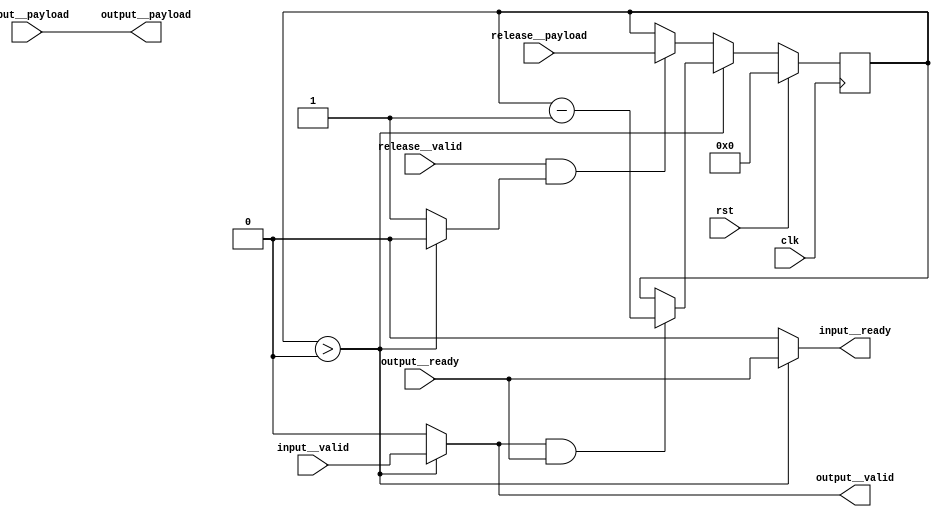
module input_flow_restrictor(input__payload, input__ready, release__payload, release__valid, output__valid, output__payload, output__ready, rst, clk, input__valid);
  reg \initial  = 0;
  (* src = "/media/tim/GIT/tcal-x/CFU-Playground/proj/hps_accel/gateware/stream/flow.py:57" *)
  wire \$1 ;
  (* src = "/media/tim/GIT/tcal-x/CFU-Playground/proj/hps_accel/gateware/stream/flow.py:61" *)
  wire [32:0] \$10 ;
  (* src = "/media/tim/GIT/tcal-x/CFU-Playground/proj/hps_accel/gateware/stream/stream.py:98" *)
  wire \$12 ;
  (* src = "/media/tim/GIT/tcal-x/CFU-Playground/proj/hps_accel/gateware/stream/flow.py:57" *)
  wire \$14 ;
  (* src = "/media/tim/GIT/tcal-x/CFU-Playground/proj/hps_accel/gateware/stream/flow.py:57" *)
  wire \$3 ;
  (* src = "/media/tim/GIT/tcal-x/CFU-Playground/proj/hps_accel/gateware/stream/flow.py:57" *)
  wire \$5 ;
  (* src = "/media/tim/GIT/tcal-x/CFU-Playground/proj/hps_accel/gateware/stream/stream.py:98" *)
  wire \$7 ;
  (* src = "/media/tim/GIT/tcal-x/CFU-Playground/proj/hps_accel/gateware/stream/flow.py:61" *)
  wire [32:0] \$9 ;
  (* src = "/media/tim/GIT/tcal-x/CFU-Playground/third_party/python/nmigen/nmigen/hdl/ir.py:524" *)
  input clk;
  (* src = "/media/tim/GIT/tcal-x/CFU-Playground/proj/hps_accel/gateware/stream/actor.py:48" *)
  input [127:0] input__payload;
  (* src = "/media/tim/GIT/tcal-x/CFU-Playground/proj/hps_accel/gateware/stream/actor.py:48" *)
  output input__ready;
  reg input__ready;
  (* src = "/media/tim/GIT/tcal-x/CFU-Playground/proj/hps_accel/gateware/stream/actor.py:48" *)
  input input__valid;
  (* src = "/media/tim/GIT/tcal-x/CFU-Playground/proj/hps_accel/gateware/stream/actor.py:49" *)
  output [127:0] output__payload;
  (* src = "/media/tim/GIT/tcal-x/CFU-Playground/proj/hps_accel/gateware/stream/actor.py:49" *)
  input output__ready;
  (* src = "/media/tim/GIT/tcal-x/CFU-Playground/proj/hps_accel/gateware/stream/actor.py:49" *)
  output output__valid;
  reg output__valid;
  (* src = "/media/tim/GIT/tcal-x/CFU-Playground/proj/hps_accel/gateware/stream/flow.py:53" *)
  input [31:0] release__payload;
  (* src = "/media/tim/GIT/tcal-x/CFU-Playground/proj/hps_accel/gateware/stream/flow.py:53" *)
  reg release__ready;
  (* src = "/media/tim/GIT/tcal-x/CFU-Playground/proj/hps_accel/gateware/stream/flow.py:53" *)
  input release__valid;
  (* src = "/media/tim/GIT/tcal-x/CFU-Playground/proj/hps_accel/gateware/stream/flow.py:56" *)
  reg [31:0] release_counter = 32'd0;
  (* src = "/media/tim/GIT/tcal-x/CFU-Playground/proj/hps_accel/gateware/stream/flow.py:56" *)
  reg [31:0] \release_counter$next ;
  (* src = "/media/tim/GIT/tcal-x/CFU-Playground/third_party/python/nmigen/nmigen/hdl/ir.py:524" *)
  input rst;
  assign \$10  = release_counter - (* src = "/media/tim/GIT/tcal-x/CFU-Playground/proj/hps_accel/gateware/stream/flow.py:61" *) 1'h1;
  assign \$12  = release__valid & (* src = "/media/tim/GIT/tcal-x/CFU-Playground/proj/hps_accel/gateware/stream/stream.py:98" *) release__ready;
  assign \$14  = release_counter > (* src = "/media/tim/GIT/tcal-x/CFU-Playground/proj/hps_accel/gateware/stream/flow.py:57" *) 1'h0;
  assign \$1  = release_counter > (* src = "/media/tim/GIT/tcal-x/CFU-Playground/proj/hps_accel/gateware/stream/flow.py:57" *) 1'h0;
  assign \$3  = release_counter > (* src = "/media/tim/GIT/tcal-x/CFU-Playground/proj/hps_accel/gateware/stream/flow.py:57" *) 1'h0;
  assign \$5  = release_counter > (* src = "/media/tim/GIT/tcal-x/CFU-Playground/proj/hps_accel/gateware/stream/flow.py:57" *) 1'h0;
  assign \$7  = output__valid & (* src = "/media/tim/GIT/tcal-x/CFU-Playground/proj/hps_accel/gateware/stream/stream.py:98" *) output__ready;
  always @(posedge clk)
    release_counter <= \release_counter$next ;
  always @* begin
    if (\initial ) begin end
    input__ready = 1'h0;
    (* src = "/media/tim/GIT/tcal-x/CFU-Playground/proj/hps_accel/gateware/stream/flow.py:57" *)
    casez (\$1 )
      /* src = "/media/tim/GIT/tcal-x/CFU-Playground/proj/hps_accel/gateware/stream/flow.py:57" */
      1'h1:
          input__ready = output__ready;
    endcase
  end
  always @* begin
    if (\initial ) begin end
    output__valid = 1'h0;
    (* src = "/media/tim/GIT/tcal-x/CFU-Playground/proj/hps_accel/gateware/stream/flow.py:57" *)
    casez (\$3 )
      /* src = "/media/tim/GIT/tcal-x/CFU-Playground/proj/hps_accel/gateware/stream/flow.py:57" */
      1'h1:
          output__valid = input__valid;
    endcase
  end
  always @* begin
    if (\initial ) begin end
    \release_counter$next  = release_counter;
    (* full_case = 32'd1 *)
    (* src = "/media/tim/GIT/tcal-x/CFU-Playground/proj/hps_accel/gateware/stream/flow.py:57" *)
    casez (\$5 )
      /* src = "/media/tim/GIT/tcal-x/CFU-Playground/proj/hps_accel/gateware/stream/flow.py:57" */
      1'h1:
          (* src = "/media/tim/GIT/tcal-x/CFU-Playground/proj/hps_accel/gateware/stream/flow.py:60" *)
          casez (\$7 )
            /* src = "/media/tim/GIT/tcal-x/CFU-Playground/proj/hps_accel/gateware/stream/flow.py:60" */
            1'h1:
                \release_counter$next  = \$10 [31:0];
          endcase
      /* src = "/media/tim/GIT/tcal-x/CFU-Playground/proj/hps_accel/gateware/stream/flow.py:62" */
      default:
          (* src = "/media/tim/GIT/tcal-x/CFU-Playground/proj/hps_accel/gateware/stream/flow.py:64" *)
          casez (\$12 )
            /* src = "/media/tim/GIT/tcal-x/CFU-Playground/proj/hps_accel/gateware/stream/flow.py:64" */
            1'h1:
                \release_counter$next  = release__payload;
          endcase
    endcase
    (* src = "/media/tim/GIT/tcal-x/CFU-Playground/third_party/python/nmigen/nmigen/hdl/xfrm.py:519" *)
    casez (rst)
      1'h1:
          \release_counter$next  = 32'd0;
    endcase
  end
  always @* begin
    if (\initial ) begin end
    release__ready = 1'h0;
    (* full_case = 32'd1 *)
    (* src = "/media/tim/GIT/tcal-x/CFU-Playground/proj/hps_accel/gateware/stream/flow.py:57" *)
    casez (\$14 )
      /* src = "/media/tim/GIT/tcal-x/CFU-Playground/proj/hps_accel/gateware/stream/flow.py:57" */
      1'h1:
          /* empty */;
      /* src = "/media/tim/GIT/tcal-x/CFU-Playground/proj/hps_accel/gateware/stream/flow.py:62" */
      default:
          release__ready = 1'h1;
    endcase
  end
  assign \$9  = \$10 ;
  assign output__payload = input__payload;
endmodule